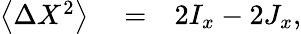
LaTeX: \begin{array}{rlr}{\left\langle\Delta X^{2}\right\rangle}&{{}=}&{2I_{x}-2J_{x},}\end{array}